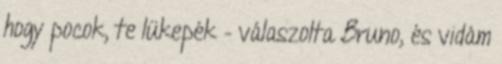
hogy pocok, te lükepék – válaszolta Bruno, és vidám